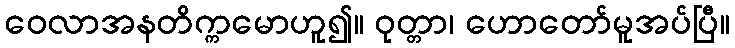
ဝေလာအနတိက္ကမောဟူ၍။ ဝုတ္တာ၊ ဟောတော်မူအပ်ပြီ။